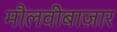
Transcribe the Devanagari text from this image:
मौलवीबाज़ार